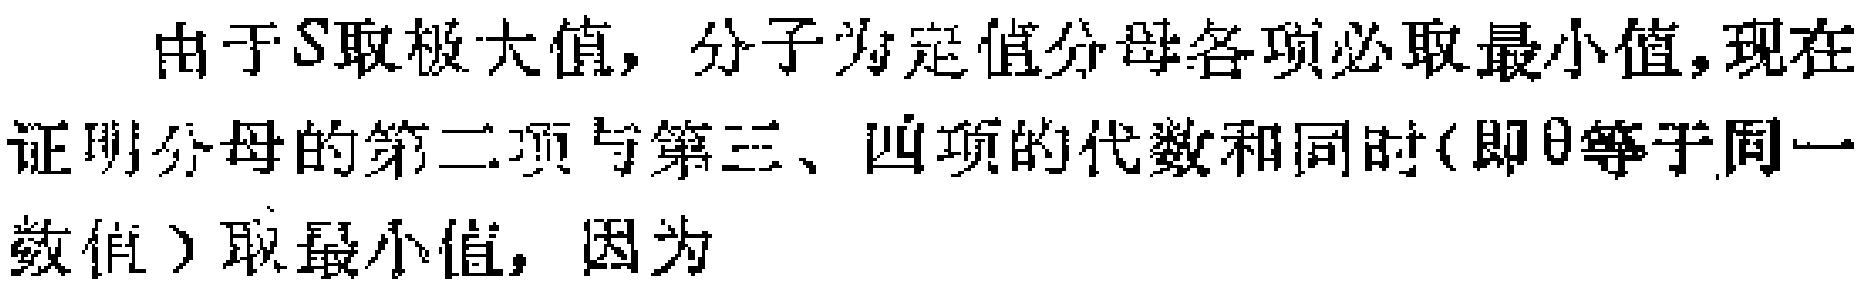
由于\(S\)取极大值，分子为定值分母各项必取最小值，现在证明分母的第二项与第三、四项的代数和同时(即\(\theta\)等于同一数值）取最小值，因为